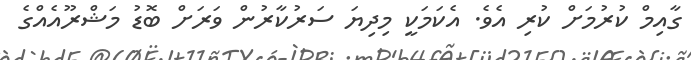
ގާއިމް ކުރުމަށް ކުރި އެވެ. އެކަމަކީ މިދިޔަ ސަރުކާރުން ވަރަށް ބޮޑު މަޝްރޫއެއްގެ